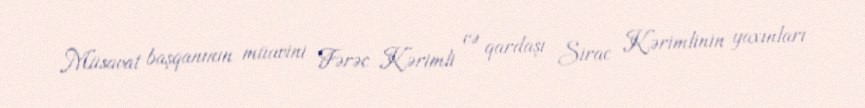
Müsavat başqanının müavini Fərəc Kərimli və qardaşı Sirac Kərimlinin yaxınları